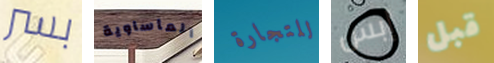
بسر المأساوية للتجارة إبس قبل